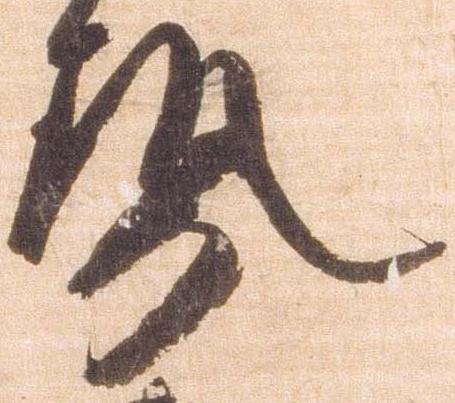
勢